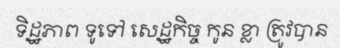
ទិដ្ឋភាព ទូទៅ សេដ្ឋកិច្ច កូន ខ្លា ត្រូវបាន